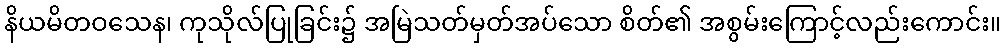
နိယမိတဝသေန၊ ကုသိုလ်ပြုခြင်း၌ အမြဲသတ်မှတ်အပ်သော စိတ်၏ အစွမ်းကြောင့်လည်းကောင်း။